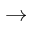
\rightarrow